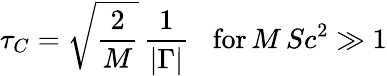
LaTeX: \tau_{C}=\sqrt{\frac{2}{M}}\, {\frac{1}{|\Gamma|}}\; \; \; \mathrm{for}\, M\, Sc^{2}\gg 1